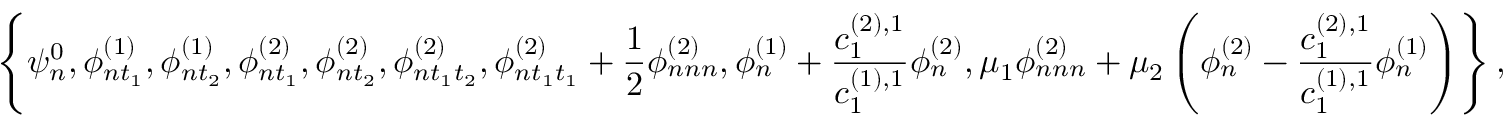
\left\{ \psi _ { n } ^ { 0 } , \phi _ { n t _ { 1 } } ^ { ( 1 ) } , \phi _ { n t _ { 2 } } ^ { ( 1 ) } , \phi _ { n t _ { 1 } } ^ { ( 2 ) } , \phi _ { n t _ { 2 } } ^ { ( 2 ) } , \phi _ { n t _ { 1 } t _ { 2 } } ^ { ( 2 ) } , \phi _ { n t _ { 1 } t _ { 1 } } ^ { ( 2 ) } + \frac { 1 } { 2 } \phi _ { n n n } ^ { ( 2 ) } , \phi _ { n } ^ { ( 1 ) } + \frac { c _ { 1 } ^ { ( 2 ) , 1 } } { c _ { 1 } ^ { ( 1 ) , 1 } } \phi _ { n } ^ { ( 2 ) } , \mu _ { 1 } \phi _ { n n n } ^ { ( 2 ) } + \mu _ { 2 } \left( \phi _ { n } ^ { ( 2 ) } - \frac { c _ { 1 } ^ { ( 2 ) , 1 } } { c _ { 1 } ^ { ( 1 ) , 1 } } \phi _ { n } ^ { ( 1 ) } \right) \right\} ,